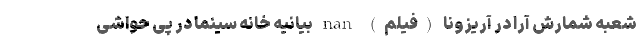
شعبه شمارش آرا در آريزونا (فیلم) nan بیانیه خانه سینما در پی حواشی